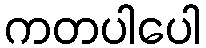
ကတပါပေါ